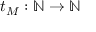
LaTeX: t _ { M } : \mathbb { N } \to \mathbb { N }